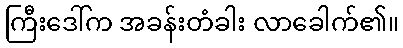
ကြီးဒေါ်က အခန်းတံခါး လာခေါက်၏။